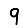
Digit: 9